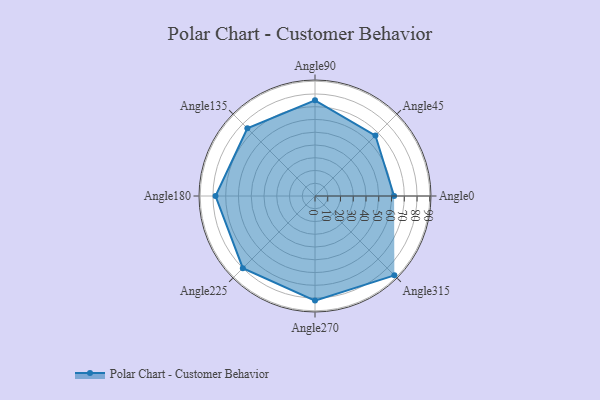
{"axis": {"x": "Angle", "y": "Radius"}, "legend": [""], "data": [{"x": "Angle0", "y": 62.0, "type": ""}, {"x": "Angle45", "y": 67.0, "type": ""}, {"x": "Angle90", "y": 75.0, "type": ""}, {"x": "Angle135", "y": 75.0, "type": ""}, {"x": "Angle180", "y": 78.0, "type": ""}, {"x": "Angle225", "y": 80.0, "type": ""}, {"x": "Angle270", "y": 82.0, "type": ""}, {"x": "Angle315", "y": 88.0, "type": ""}]}